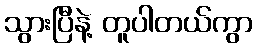
သွားပြီနဲ့ တူပါတယ်ကွာ